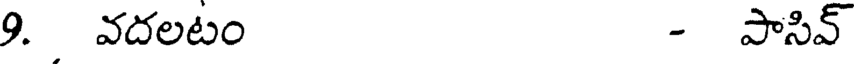
9. వదలటం - పాసివ్